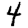
Digit: 4